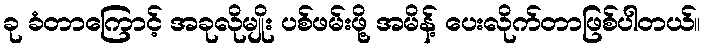
ခု ခံတာကြောင့် အခုလိုမျိုး ပစ်ဖမ်းဖို့ အမိန့် ပေးလိုက်တာဖြစ်ပါတယ်။